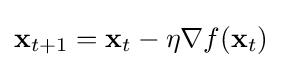
\mathbf {x} _{t+1}=\mathbf {x} _{t}-\eta \nabla f(\mathbf {x} _{t})